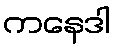
ကနေဒါ